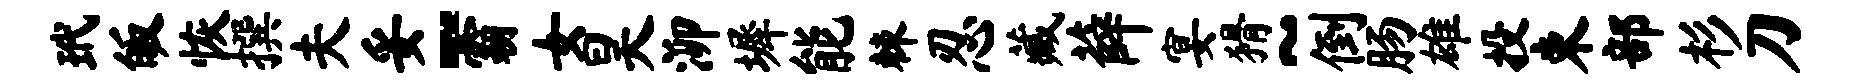
玳皈恢撰夫妥-霸女昊泖墀能棘忍藏薛宴猾~倒肠雄投束部杉刀